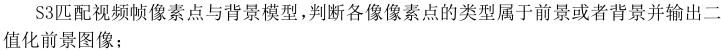
S3匹配视频帧像素点与背景模型，判断各像素点的类型属于前景或者背景并输出二值化前景图像；